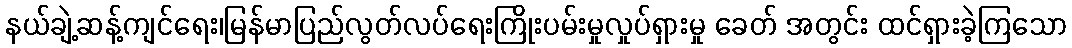
နယ်ချဲ့ဆန့်ကျင်ရေး၊မြန်မာပြည်လွတ်လပ်ရေးကြိုးပမ်းမှုလှုပ်ရှားမှု ခေတ် အတွင်း ထင်ရှားခဲ့ကြသော